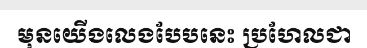
មុនយើងលេងបែបនេះ ប្រហែលជា